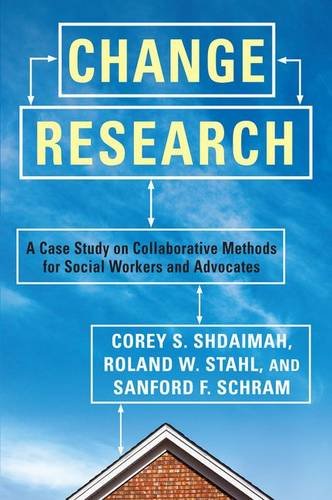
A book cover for Change Research: A Case Study on Collaborative Methods for Social Workers and Advocates; Corey S. Shdaimah; Business & Money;